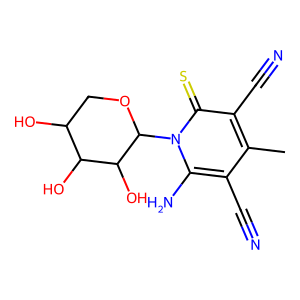
SMILES: Cc1c(C#N)c(N)n(C2OCC(O)C(O)C2O)c(=S)c1C#N
Inhibits HIV replication: No